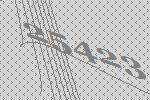
25423